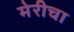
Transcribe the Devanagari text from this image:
मेरीचा